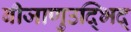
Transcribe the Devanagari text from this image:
बीजाणुउद्भिद्